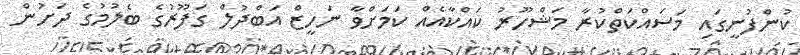
ކުންފުނީގައި މަސައްކަތްކުރާ މަޝްހޫރު ކައްކާއެއް ކަމަށްވާ ނަހީޒް އަބްދުލް ގަފޫރުގެ ބެލުމުގެ ދަށުން